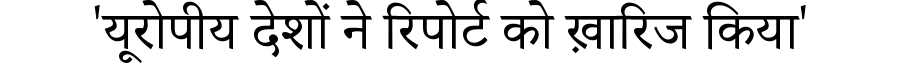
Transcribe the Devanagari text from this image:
'यूरोपीय देशों ने रिपोर्ट को ख़ारिज किया'